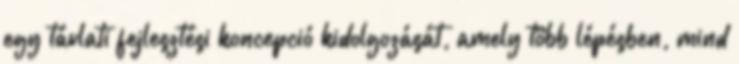
egy távlati fejlesztési koncepció kidolgozását, amely több lépésben, mind